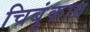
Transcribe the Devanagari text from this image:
चिबुंकाग्र